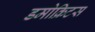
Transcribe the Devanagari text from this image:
डमोक्रिटस